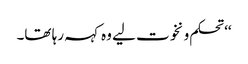
‘‘ تحکم و نخوت لیے وہ کہہ رہا تھا۔